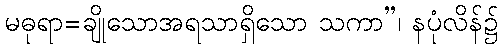
မဓုရာ=ချိုသောအရသာရှိသော သကာ”၊ နပုံလိန်၌